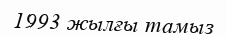
1993 жылғы тамыз